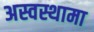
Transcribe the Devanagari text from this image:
अस्वस्थामा